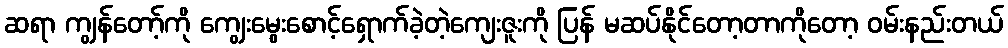
ဆရာ ကျွန်တော့်ကို ကျွေးမွေးစောင့်ရှောက်ခဲ့တဲ့ကျေးဇူးကို ပြန် မဆပ်နိုင်တော့တာကိုတော့ ဝမ်းနည်းတယ်